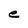
Character: e